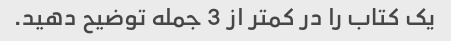
یک کتاب را در کمتر از 3 جمله توضیح دهید.